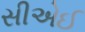
સીએઈ